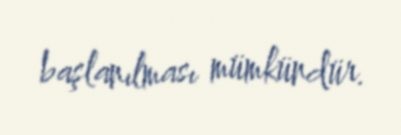
başlanılması mümkündür.